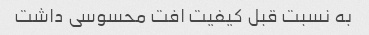
به نسبت قبل کیفیت افت محسوسی داشت